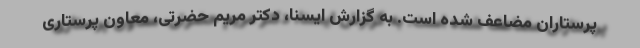
پرستاران مضاعف شده است. به گزارش ایسنا، دکتر مریم حضرتی، معاون پرستاری